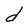
Character: d